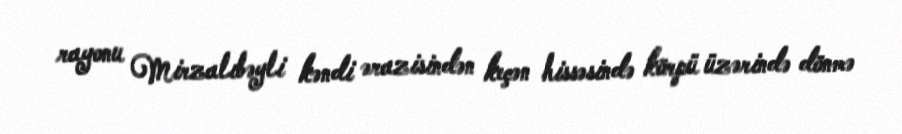
rayonu Mirzalıbəyli kəndi ərazisindən keçən hissəsində körpü üzərində dönmə